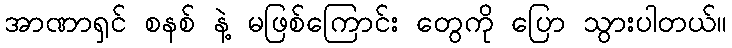
အာဏာရှင် စနစ် နဲ့ မဖြစ်ကြောင်း တွေကို ပြော သွားပါတယ်။